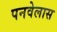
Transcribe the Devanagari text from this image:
पनवेलास